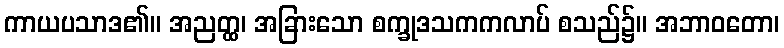
ကာယပသာဒ၏။ အညတ္ထ၊ အခြားသော စက္ခုဒသကကလာပ် စသည်၌။ အဘာဝတော၊